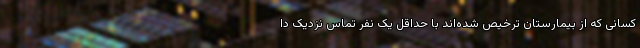
کسانی که از بیمارستان ترخیص شده‌اند با حداقل یک نفر تماس نزدیک دا